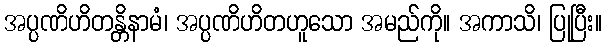
အပ္ပဏိဟိတန္တိနာမံ၊ အပ္ပဏိဟိတဟူသော အမည်ကို။ အကာသိ၊ ပြုပြီး။